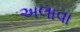
અલાવા